Preliminary report on a parasite found in persons suffering from enlargement of the spleen in India - Number 8
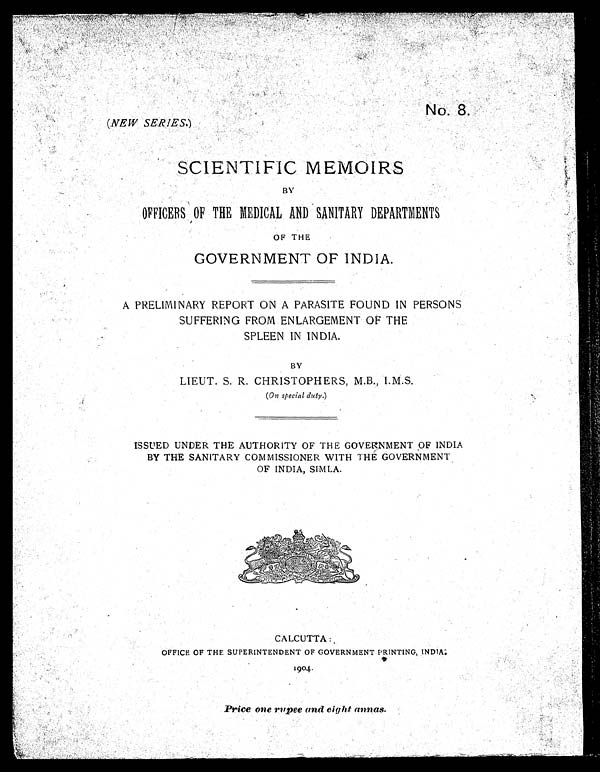
No. 8.
(NEW SERIES.)
SCIENTIFIC MEMOIRS
BY
OFFICERS OF THE MEDICAL AND SANITARY DEPARTMENTS
OF THE
GOVERNMENT OF INDIA.
A PRELIMINARY REPORT ON A PARASITE FOUND IN PERSONS
SUFFERING FROM ENLARGEMENT OF THE
SPLEEN IN INDIA.
BY
LIEUT. S. R. CHRISTOPHERS, M.B., I.M.S.
(On special duty.)
ISSUED UNDER THE AUTHORITY OF THE GOVERNMENT OF INDIA
BY THE SANITARY COMMISSIONER WITH THE GOVERNMENT
OF INDIA, SIMLA.
CALCUTTA:
OFFICE OF THE SUPERINTENDENT OF GOVERNMENT PRINTING, INDIA:
1904.
Price one rupee and eight annas.